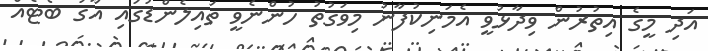
އަދި މީގެ އިތުރުން ވިދާޅުވީ އެމަނިކުފާނު މިވަގުތު ހުންނެވީ ތައިލެންޑުގައި އާގު ބޯޓެއް